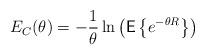
LaTeX: \begin{align*}E_C(\theta)=-\frac{1}{\theta}\ln\left(\textsf{E}\left\{e^{-\theta R}\right\}\right)\end{align*}